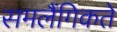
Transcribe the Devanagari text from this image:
समलैंगिकते